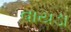
વાયડા